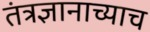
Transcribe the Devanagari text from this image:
तंत्रज्ञानाच्याच